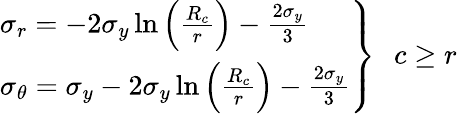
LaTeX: \left.\begin{array}{ll}{\sigma_{r}=-2\sigma_{y}\ln\left(\frac{R_{c}}{r}\right)-\frac{2\sigma_{y}}{3}}\\ {\sigma_{\theta}=\sigma_{y}-2\sigma_{y}\ln\left(\frac{R_{c}}{r}\right)-\frac{2\sigma_{y}}{3}}\end{array}\right\} \, \, \, \, c\geq r